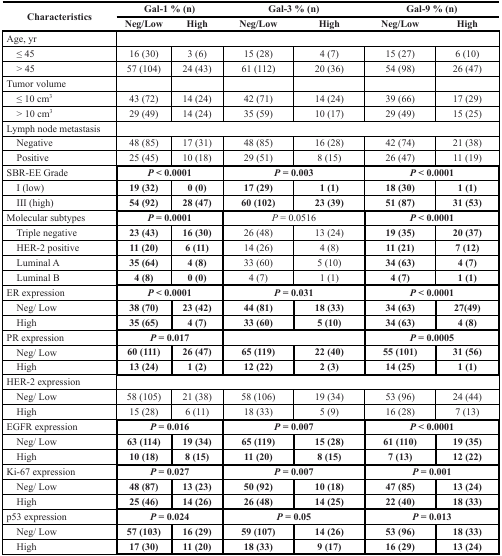
<table><thead><tr><td rowspan="2"><b>Characteristics</b></td><td colspan="2"><b>Gal-1 % (n)</b></td><td colspan="2"><b>Gal-3 % (n)</b></td><td colspan="2"><b>Gal-9 % (n)</b></td></tr><tr><td><b>Neg/Low</b></td><td><b>High</b></td><td><b>Neg/Low</b></td><td><b>High</b></td><td><b>Neg/Low</b></td><td><b>High</b></td></tr></thead><tbody><tr><td>Age, yr</td><td colspan="6"></td></tr><tr><td> ≤ 45</td><td>16 (30)</td><td>3 (6)</td><td>15 (28)</td><td>4 (7)</td><td>15 (27)</td><td>6 (10)</td></tr><tr><td> &gt; 45</td><td>57 (104)</td><td>24 (43)</td><td>61 (112)</td><td>20 (36)</td><td>54 (98)</td><td>26 (47)</td></tr><tr><td>Tumor volume</td><td></td><td></td><td></td><td></td><td></td><td></td></tr><tr><td> ≤ 10 cm<sup>3</sup></td><td>43 (72)</td><td>14 (24)</td><td>42 (71)</td><td>14 (24)</td><td>39 (66)</td><td>17 (29)</td></tr><tr><td> &gt; 10 cm<sup>3</sup></td><td>29 (49)</td><td>14 (24)</td><td>35 (59)</td><td>10 (17)</td><td>29 (49)</td><td>15 (25)</td></tr><tr><td>Lymph node metastasis</td><td colspan="6"></td></tr><tr><td> Negative</td><td>48 (85)</td><td>17 (31)</td><td>48 (85)</td><td>16 (28)</td><td>42 (74)</td><td>21 (38)</td></tr><tr><td> Positive</td><td>25 (45)</td><td>10 (18)</td><td>29 (51)</td><td>8 (15)</td><td>26 (47)</td><td>11 (19)</td></tr><tr><td>SBR-EE Grade</td><td colspan="2"><b><i>P</i> &lt; 0.0001</b></td><td colspan="2"><b><i>P</i> = 0.003</b></td><td colspan="2"><b><i>P</i> &lt; 0.0001</b></td></tr><tr><td> I (low)</td><td><b>19 (32)</b></td><td><b>0 (0)</b></td><td><b>17 (29)</b></td><td><b>1 (1)</b></td><td><b>18 (30)</b></td><td><b>1 (1)</b></td></tr><tr><td> III (high)</td><td><b>54 (92)</b></td><td><b>28 (47)</b></td><td><b>60 (102)</b></td><td><b>23 (39)</b></td><td><b>51 (87)</b></td><td><b>31 (53)</b></td></tr><tr><td>Molecular subtypes</td><td colspan="2"><b><i>P</i> = 0.0001</b></td><td><i>P</i> = 0.0516</td><td colspan="2"><b><i>P</i> &lt; 0.0001</b></td></tr><tr><td> Triple negative</td><td><b>23 (43)</b></td><td><b>16 (30)</b></td><td>26 (48)</td><td>13 (24)</td><td><b>19 (35)</b></td><td><b>20 (37)</b></td></tr><tr><td> HER-2 positive</td><td><b>11 (20)</b></td><td><b>6 (11)</b></td><td>14 (26)</td><td>4 (8)</td><td><b>11 (21)</b></td><td><b>7 (12)</b></td></tr><tr><td> Luminal A</td><td><b>35 (64)</b></td><td><b>4 (8)</b></td><td>33 (60)</td><td>5 (10)</td><td><b>34 (63)</b></td><td><b>4 (7)</b></td></tr><tr><td> Luminal B</td><td><b>4 (8)</b></td><td><b>0 (0)</b></td><td>4 (7)</td><td>1 (1)</td><td><b>4 (7)</b></td><td><b>1 (1)</b></td></tr><tr><td>ER expression</td><td colspan="2"><b><i>P</i> &lt; 0.0001</b></td><td colspan="2"><b><i>P</i> = 0.031</b></td><td colspan="2"><b><i>P</i> &lt; 0.0001</b></td></tr><tr><td> Neg/Low</td><td><b>38 (70)</b></td><td><b>23 (42)</b></td><td><b>44 (81)</b></td><td><b>18 (33)</b></td><td><b>34 (63)</b></td><td><b>27(49)</b></td></tr><tr><td> High</td><td><b>35 (65)</b></td><td><b>4 (7)</b></td><td><b>33 (60)</b></td><td><b>5 (10)</b></td><td><b>34 (63)</b></td><td><b>4 (8)</b></td></tr><tr><td>PR expression</td><td colspan="2"><b><i>P</i> = 0.017</b></td><td colspan="2"></td><td colspan="2"><b><i>P</i> = 0.0005</b></td></tr><tr><td> Neg/Low</td><td><b>60 (111)</b></td><td><b>26 (47)</b></td><td><b>65 (119)</b></td><td><b>22 (40)</b></td><td><b>55 (101)</b></td><td><b>31 (56)</b></td></tr><tr><td> High</td><td><b>13 (24)</b></td><td><b>1 (2)</b></td><td><b>12 (22)</b></td><td><b>2 (3)</b></td><td><b>14 (25)</b></td><td><b>1 (1)</b></td></tr><tr><td>HER-2 expression</td><td colspan="6"></td></tr><tr><td> Neg/Low</td><td>58 (105)</td><td>21 (38)</td><td>58 (106)</td><td>19 (34)</td><td>53 (96)</td><td>24 (44)</td></tr><tr><td> High</td><td>15 (28)</td><td>6 (11)</td><td>18 (33)</td><td>5 (9)</td><td>16 (28)</td><td>7 (13)</td></tr><tr><td>EGFR expression</td><td colspan="2"><b><i>P</i> = 0.016</b></td><td colspan="2"><b><i>P</i> = 0.007</b></td><td colspan="2"><b><i>P</i> &lt; 0.0001</b></td></tr><tr><td> Neg/Low</td><td><b>63 (114)</b></td><td><b>19 (34)</b></td><td><b>65 (119)</b></td><td><b>15 (28)</b></td><td><b>61 (110)</b></td><td><b>19 (35)</b></td></tr><tr><td> High</td><td><b>10 (18)</b></td><td><b>8 (15)</b></td><td><b>11 (20)</b></td><td><b>8 (15)</b></td><td><b>7 (13)</b></td><td><b>12 (22)</b></td></tr><tr><td>Ki-67 expression</td><td colspan="2"><b><i>P</i> = 0.027</b></td><td colspan="2"><b><i>P</i> = 0.007</b></td><td colspan="2"><b><i>P</i> = 0.001</b></td></tr><tr><td> Neg/Low</td><td><b>48 (87)</b></td><td><b>13 (23)</b></td><td><b>50 (92)</b></td><td><b>10 (18)</b></td><td><b>47 (85)</b></td><td><b>13 (24)</b></td></tr><tr><td> High</td><td><b>25 (46)</b></td><td><b>14 (26)</b></td><td><b>26 (48)</b></td><td><b>14 (25)</b></td><td><b>22 (40)</b></td><td><b>18 (33)</b></td></tr><tr><td>p53 expression</td><td colspan="2"><b><i>P</i> = 0.024</b></td><td colspan="2"><b><i>P</i> = 0.05</b></td><td colspan="2"><b><i>P</i> = 0.013</b></td></tr><tr><td> Neg/Low</td><td><b>57 (103)</b></td><td><b>16 (29)</b></td><td><b>59 (107)</b></td><td><b>14 (26)</b></td><td><b>53 (96)</b></td><td><b>18 (33)</b></td></tr><tr><td> High</td><td><b>17 (30)</b></td><td><b>11 (20)</b></td><td><b>18 (33)</b></td><td><b>9 (17)</b></td><td><b>16 (29)</b></td><td><b>13 (24)</b></td></tr></tbody></table>